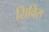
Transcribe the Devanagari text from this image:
सिविस